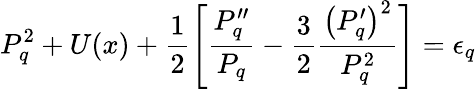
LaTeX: P_{q}^{2}+U(x)+\frac{1}{2}\left[\frac{P_{q}^{\prime\prime}}{P_{q}}-\frac{3}{2}\frac{\left(P_{q}^{\prime}\right)^{2}}{P_{q}^{2}}\right]=\epsilon_{q}